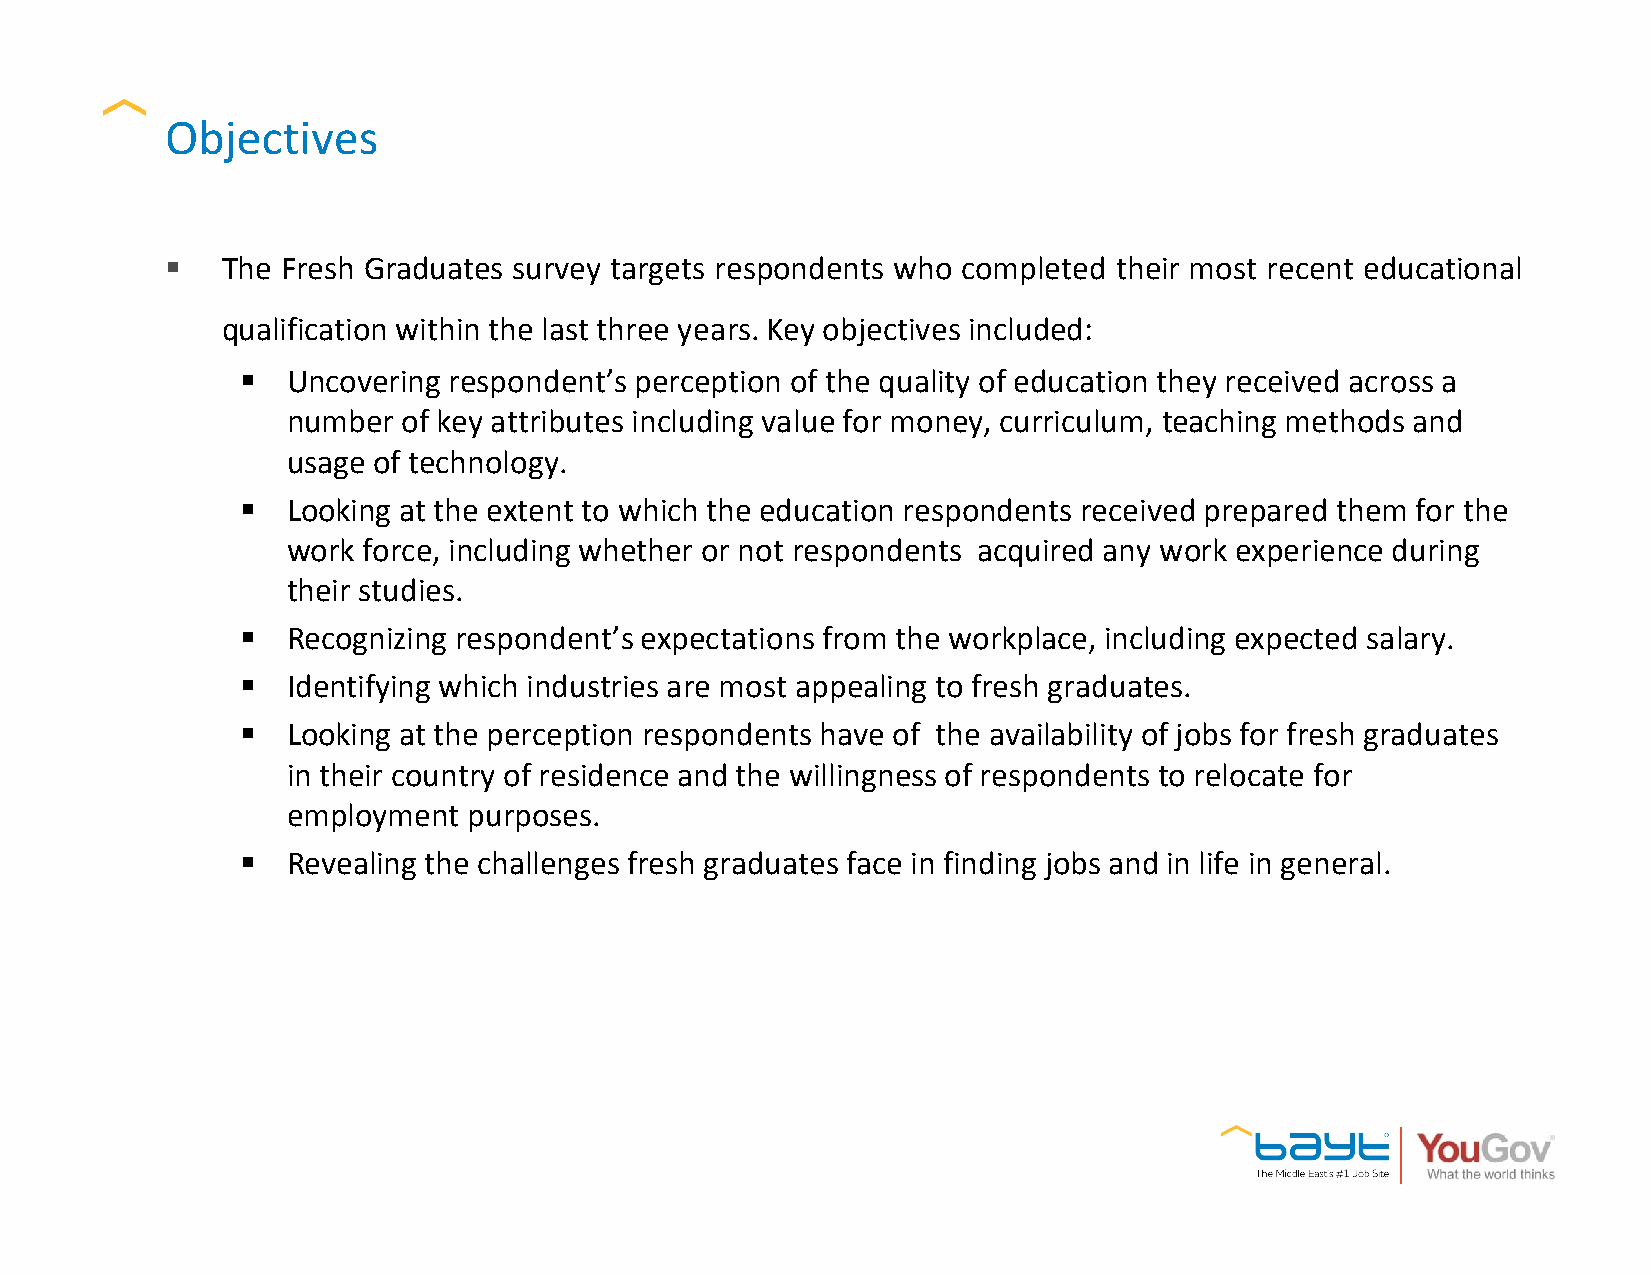
Objectives
 §   The Fresh Graduates survey targets respondents who completed their most recent educational
 qualification within the last three years. Key objectives included:
 §  Uncovering respondent’s perception of the quality of education they received across a
 number  of key attributes including value for money, curriculum, teaching methods and
 usage of technology.
 §  Looking at the extent to which the education respondents received prepared them for the
 work force, including whether or not respondents acquired any work experience during
 their studies.
 §  Recognizing respondent’s expectations from the workplace, including expected salary.
 §  Identifying which industries are most appealing to fresh graduates.
 §  Looking at the perception respondents have of the availability of jobs for fresh graduates
 in their country of residence and the willingness of respondents to relocate for
 employment  purposes.
 §  Revealing the challenges fresh graduates face in finding jobs and in life in general.